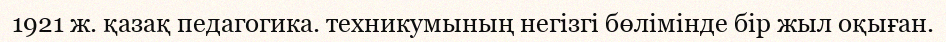
1921 ж. қазақ педагогика. техникумының негізгі бөлімінде бір жыл оқыған.